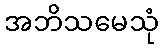
အဘိသမေသုံ